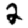
Digit: 2